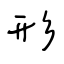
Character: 形